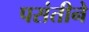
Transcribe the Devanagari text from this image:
पसंतीने